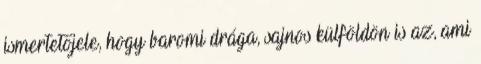
ismertetőjele, hogy baromi drága, sajnos külföldön is az, ami